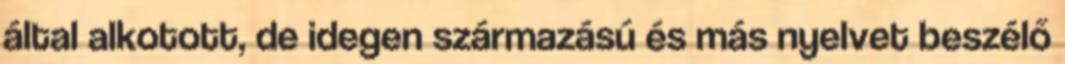
által alkotott, de idegen származású és más nyelvet beszélő